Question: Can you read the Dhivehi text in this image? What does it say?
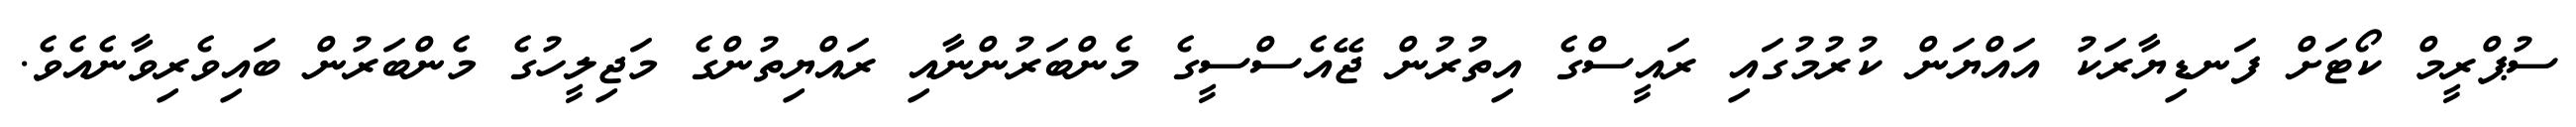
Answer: ސުޕްރީމް ކޯޓަށް ފަނޑިޔާރަކު އައްޔަން ކުރުމުގައި ރައީސްގެ އިތުރުން ޖޭއެސްސީގެ މެންބަރުންނާއި ރައްޔިތުންގެ މަޖިލީހުގެ މެންބަރުން ބައިވެރިވާނެއެވެ.